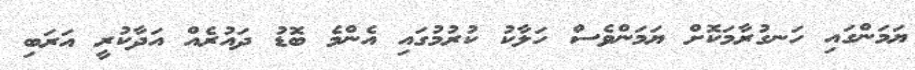
ޔަމަންގައި ހަނގުރާމަކޮށް ޔަމަންވެސް ހަލާކު ކުރުމުގައި އެންމެ ބޮޑު ދައުރެއް އަދާކުރީ އަރަބި